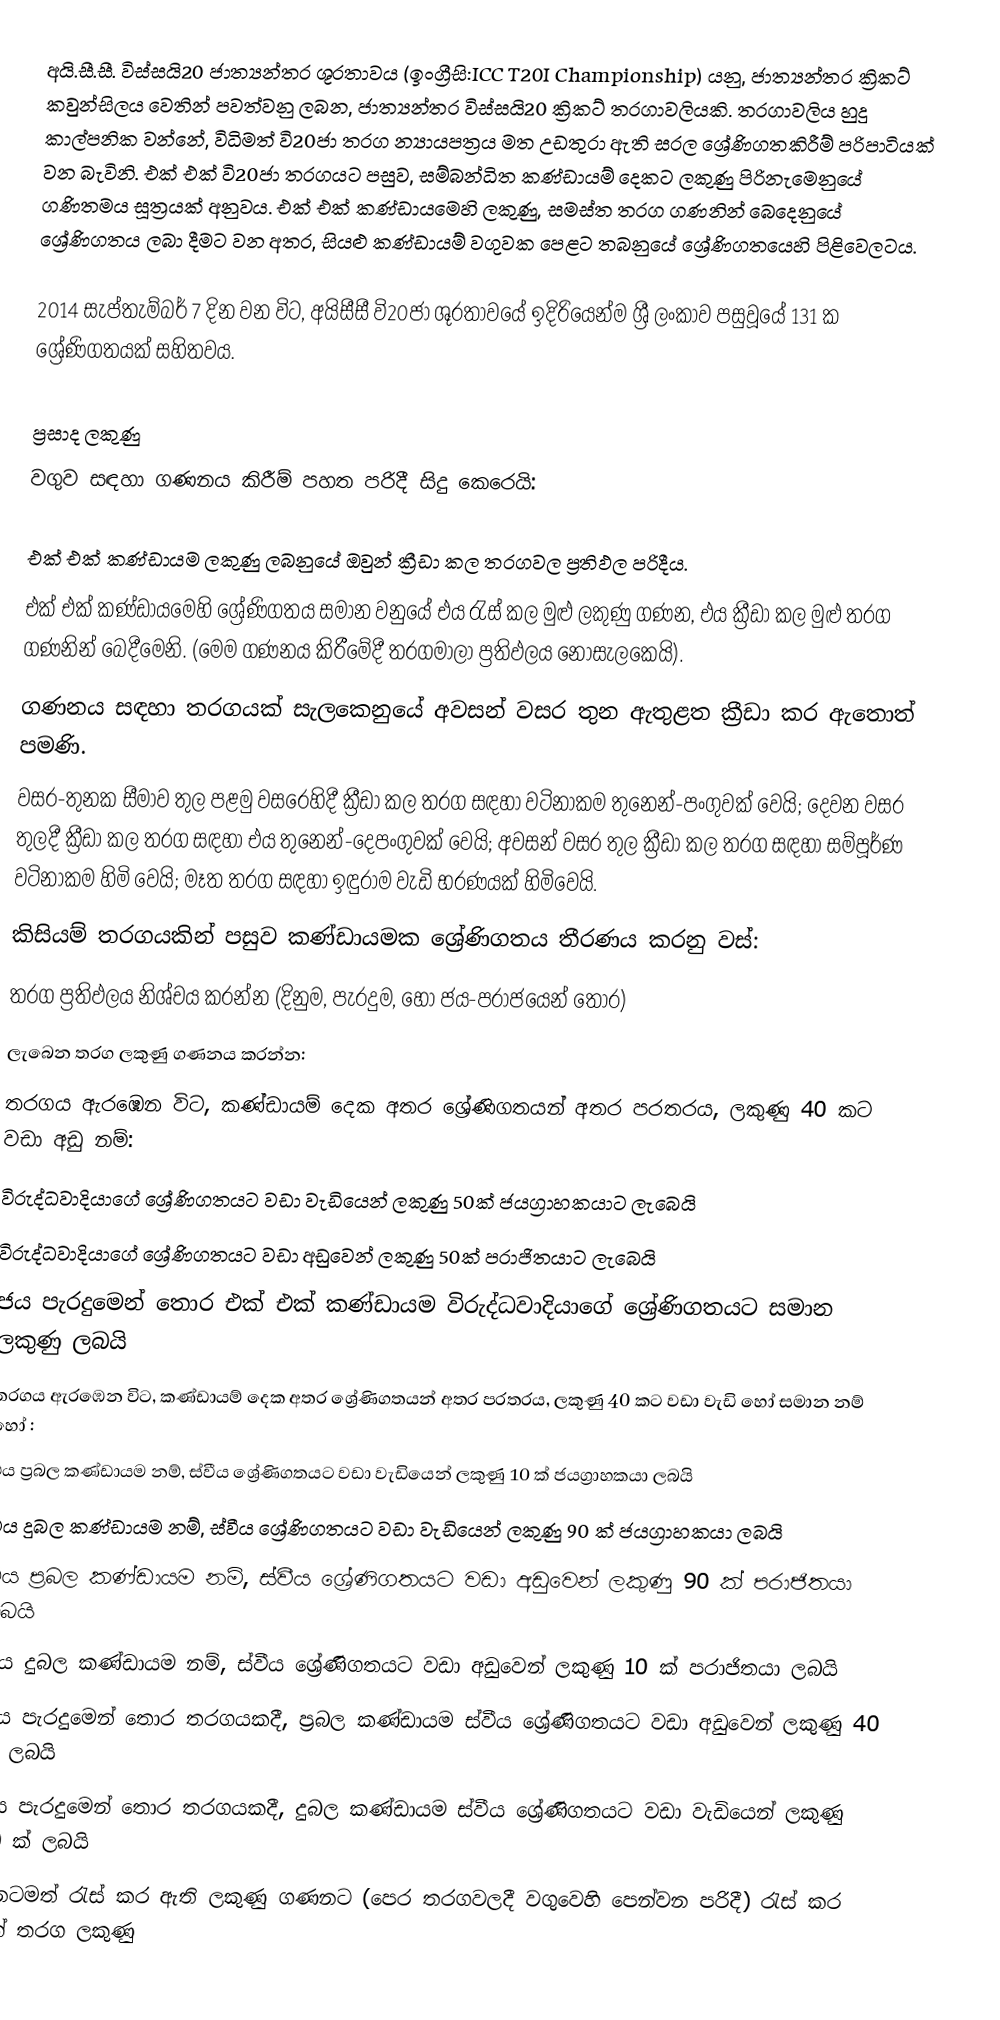
අයි.සී.සී. විස්සයි20 ජාත්‍යන්තර ශූරතාවය (ඉංග්‍රීසි:ICC T20I Championship) යනු,  ජාත්‍යන්තර ක්‍රිකට් කවුන්සිලය වෙතින් පවත්වනු ලබන, ජාත්‍යන්තර විස්සයි20 ක්‍රිකට් තරගාවලියකි. තරගාවලිය හුදු කාල්පනික වන්නේ, විධිමත් වි20ජා තරග න්‍යායපත්‍රය මත උඩතුරා ඇති සරල ශ්‍රේණිගතකිරීම් පරිපාටියක් වන බැවිනි. එක් එක් වි20ජා තරගයට පසුව, සම්බන්ධිත කණ්ඩායම් දෙකට ලකුණු පිරිනැමෙනුයේ ගණිතමය සූත්‍රයක් අනුවය. එක් එක් කණ්ඩායමෙහි ලකුණු, සමස්ත තරග ගණනින් බෙදෙනුයේ ශ්‍රේණිගතය ලබා දීමට වන අතර, සියළු කණ්ඩායම් වගුවක පෙළට තබනුයේ ශ්‍රේණිගතයෙහි පිළිවෙලටය.

2014 සැප්තැම්බර් 7 දින වන විට, අයිසීසී වි20ජා ශූරතාවයේ ඉදිරියෙන්ම ශ්‍රී ලංකාව පසුවූයේ 131 ක ශ්‍රේණිගතයක් සහිතවය.

ප්‍රසාද ලකුණු
වගුව සඳහා ගණනය කිරීම් පහත පරිදී සිදු කෙරෙයි:

 එක් එක් කණ්ඩායම ලකුණු ලබනුයේ ඔවුන් ක්‍රීඩා කල තරගවල ප්‍රතිඵල පරිදීය.
 එක් එක් කණ්ඩායමෙහි ශ්‍රේණිගතය සමාන වනුයේ එය රැස් කල  මුළු ලකුණු ගණන, එය ක්‍රීඩා කල මුළු තරග ගණනින් බෙදීමෙනි. (මෙම ගණනය කිරීමේදී තරගමාලා ප්‍රතිඵලය නොසැලකෙයි).
 ගණනය සඳහා තරගයක් සැලකෙනුයේ අවසන් වසර තුන ඇතුළත ක්‍රීඩා කර ඇතොත් පමණි.
 වසර-තුනක සීමාව තුල පළමු වසරෙහිදී ක්‍රීඩා කල තරග සඳහා වටිනාකම තුනෙන්-පංගුවක් වෙයි; දෙවන වසර තුලදී ක්‍රීඩා කල තරග සඳහා එය තුනෙන්-දෙපංගුවක් වෙයි; අවසන් වසර තුල ක්‍රීඩා කල තරග සඳහා සම්පූර්ණ වටිනාකම හිමි වෙයි; මෑත තරග සඳහා ඉඳුරාම වැඩි භරණයක් හිමිවෙයි.
 කිසියම් තරගයකින් පසුව කණ්ඩායමක ශ්‍රේණිගතය තීරණය කරනු වස්:
 තරග ප්‍රතිඵලය නිශ්චය කරන්න (දිනුම, පැරදුම, හෝ ජය-පරාජයෙන් තොර)
 ලැබෙන තරග ලකුණු ගණනය කරන්න:
 තරගය ඇරඹෙන විට, කණ්ඩායම් දෙක අතර ශ්‍රේණිගතයන් අතර පරතරය, ලකුණු 40 කට වඩා අඩු නම්:
 විරුද්ධවාදියාගේ ශ්‍රේණිගතයට වඩා වැඩියෙන් ලකුණු 50ක් ජයග්‍රාහකයාට ලැබෙයි
 විරුද්ධවාදියාගේ ශ්‍රේණිගතයට වඩා අඩුවෙන් ලකුණු 50ක් පරාජිතයාට ලැබෙයි
 ජය පැරදුමෙන් තොර එක් එක් කණ්ඩායම විරුද්ධවාදියාගේ ශ්‍රේණිගතයට සමාන ලකුණු ලබයි
 තරගය ඇරඹෙන විට, කණ්ඩායම් දෙක අතර ශ්‍රේණිගතයන් අතර පරතරය, ලකුණු 40 කට වඩා වැඩි හෝ සමාන නම් හෝ :
 එය ප්‍රබල කණ්ඩායම නම්,  ස්වීය ශ්‍රේණිගතයට වඩා වැඩියෙන් ලකුණු 10 ක්  ජයග්‍රාහකයා  ලබයි
 එය දුබල කණ්ඩායම නම්,  ස්වීය ශ්‍රේණිගතයට වඩා වැඩියෙන් ලකුණු 90 ක්  ජයග්‍රාහකයා  ලබයි
 එය ප්‍රබල කණ්ඩායම නම්,  ස්වීය ශ්‍රේණිගතයට වඩා අඩුවෙන් ලකුණු 90 ක්  පරාජිතයා  ලබයි
 එය දුබල කණ්ඩායම නම්,  ස්වීය ශ්‍රේණිගතයට වඩා අඩුවෙන් ලකුණු 10 ක්  පරාජිතයා  ලබයි
 ජය පැරදුමෙන් තොර තරගයකදී, ප්‍රබල කණ්ඩායම ස්වීය ශ්‍රේණිගතයට වඩා අඩුවෙන් ලකුණු 40 ක් ලබයි
 ජය පැරදුමෙන් තොර තරගයකදී, දුබල කණ්ඩායම ස්වීය ශ්‍රේණිගතයට වඩා වැඩියෙන් ලකුණු 40 ක් ලබයි
 දැනටමත් රැස් කර ඇති ලකුණු ගණනට (පෙර තරගවලදී වගුවෙහි පෙන්වන පරිදී) රැස් කර ගත් තරග ලකුණු